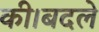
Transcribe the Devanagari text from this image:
की।बदले